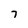
Character: 7